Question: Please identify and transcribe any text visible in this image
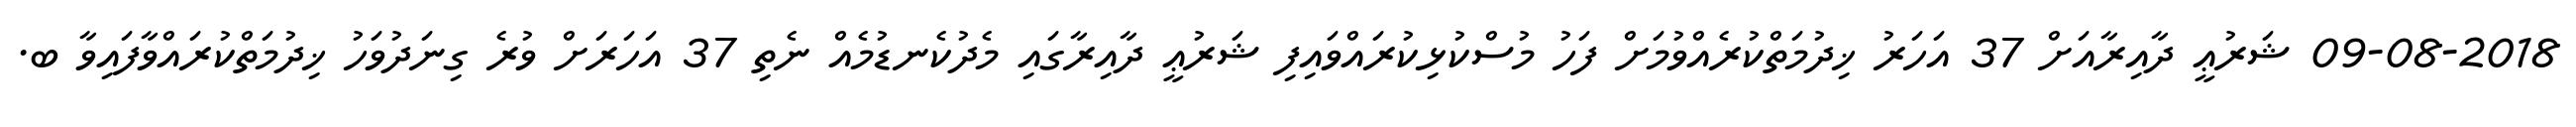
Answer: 09-08-2018 ޝަރުޢީ ދާއިރާއަށް 37 އަހަރު ޚިދުމަތްކުރެއްވުމަށް ފަހު މުސްކުޅިކުރައްވައިފި ޝަރުޢީ ދާއިރާގައި މެދުކެނޑުމެއް ނެތި 37 އަހަރަށް ވުރެ ގިނަދުވަހު ޚިދުމަތްކުރައްވާފައިވާ ބ.